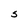
Character: S